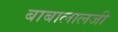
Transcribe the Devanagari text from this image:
बाबालालजी